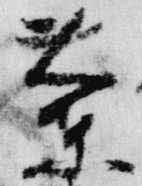
蘭